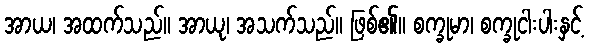
အာယ၊ အထက်သည်။ အာယု၊ အသက်သည်။ ဖြစ်၏။ စက္ခုမာ၊ စက္ခုငါးပါးနှင့်